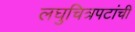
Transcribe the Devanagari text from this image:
लघुचित्रपटांची